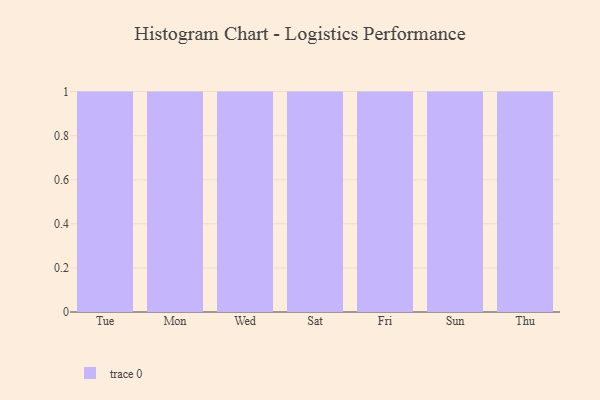
{"axis": {"x": "Day", "y": "Satisfaction Score"}, "legend": [""], "data": [{"x": "Tue", "y": 25, "type": ""}, {"x": "Mon", "y": 97, "type": ""}, {"x": "Wed", "y": 53, "type": ""}, {"x": "Sat", "y": 37, "type": ""}, {"x": "Fri", "y": 12, "type": ""}, {"x": "Sun", "y": 80, "type": ""}, {"x": "Thu", "y": 17, "type": ""}]}